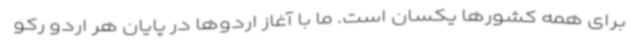
برای همه کشورها یکسان است. ما با آغاز اردوها در پایان هر اردو رکو